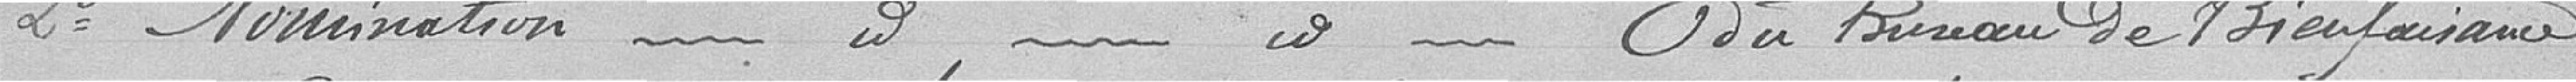
2° Nomination de 2 membres de la commission du Bureau de Bienfaisance